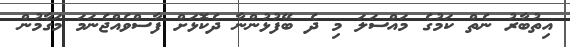
އިތުބާރު ނެތް ކަމުގެ މައްސަލަ މި ދެ ބޭފުޅުންނާ ދެކޮޅަށް ފާސްވެއްޖެނަމަ މަގާމުން